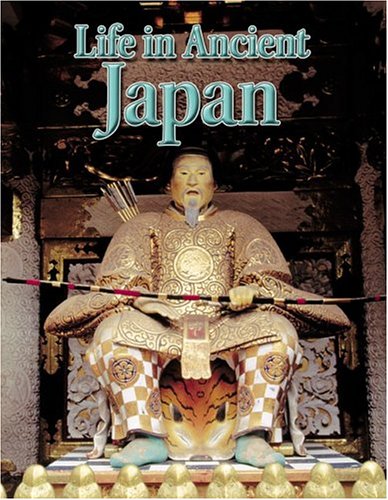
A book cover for Life in Ancient Japan (Peoples of the Ancient World); Hazel Richardson; Children's Books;